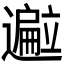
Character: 𬩢